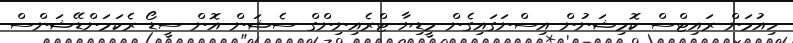
ހިއުމަން ރައިޓްސް ކޮމިޝަނުން އިސްނަގައިގެން މީޑިޔާ ޓްރެއިނިންގް ސެޝަން އޮން ސީޑޯ ރެކަމަންޑޭޝަންސް